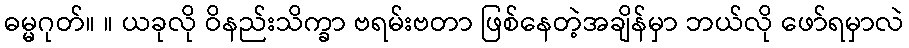
ဓမ္မဂုတ်။ ။ ယခုလို ဝိနည်းသိက္ခာ ဗရမ်းဗတာ ဖြစ်နေတဲ့အချိန်မှာ ဘယ်လို ဖော်ရမှာလဲ